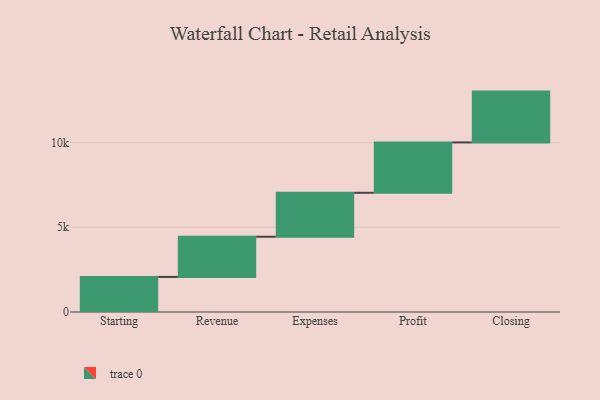
{"axis": {"x": "Step", "y": "Value"}, "legend": [""], "data": [{"x": "Starting", "y": 2069.0, "type": ""}, {"x": "Revenue", "y": 2372.0, "type": ""}, {"x": "Expenses", "y": 2595.0, "type": ""}, {"x": "Profit", "y": 2971.0, "type": ""}, {"x": "Closing", "y": 3000, "type": ""}]}